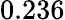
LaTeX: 0.236